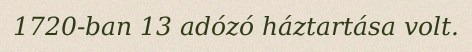
1720-ban 13 adózó háztartása volt.